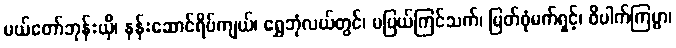
မယ်တော်ဘုန်းယှိ၊ နန်းဆောင်ရိပ်ကျယ်၊ ရွှေဘုံလယ်တွင်၊ မပြယ်ကြင်သက်၊ မြတ်စုံမက်ရှင့်၊ ဝိပါက်ကြမ္မာ၊